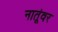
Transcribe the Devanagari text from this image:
नातूंवर